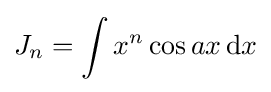
J_{n}=\int x^{n}\cos {ax}\,{\text{d}}x\,\!